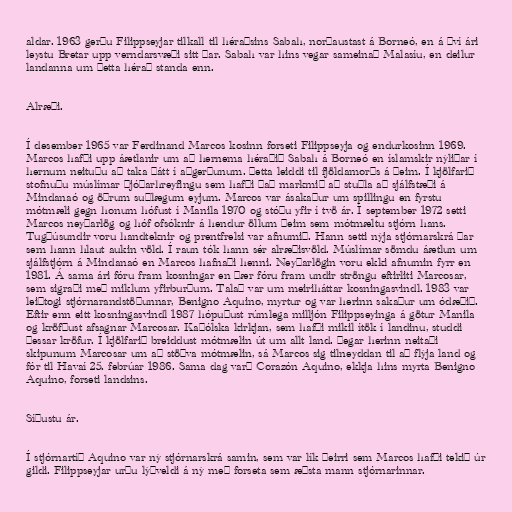
aldar. 1963 gerðu Filippseyjar tilkall til héraðsins Sabah, norðaustast á Borneó, en á því ári
leystu Bretar upp verndarsvæði sitt þar. Sabah var hins vegar sameinað Malasíu, en deilur
landanna um þetta hérað standa enn.

Alræði.

Í desember 1965 var Ferdinand Marcos kosinn forseti Filippseyja og endurkosinn 1969.
Marcos hafði upp áætlanir um að hernema héraðið Sabah á Borneó en íslamskir nýliðar í
hernum neituðu að taka þátt í aðgerðunum. Þetta leiddi til fjöldamorðs á þeim. Í kjölfarið
stofnuðu múslímar þjóðarhreyfingu sem hafði það markmið að stuðla að sjálfstæði á
Mindanaó og öðrum suðlægum eyjum. Marcos var ásakaður um spillingu en fyrstu
mótmæli gegn honum hófust í Manila 1970 og stóðu yfir í tvö ár. Í september 1972 setti
Marcos neyðarlög og hóf ofsóknir á hendur öllum þeim sem mótmæltu stjórn hans.
Tugþúsundir voru handteknir og prentfrelsi var afnumið. Hann setti nýja stjórnarskrá þar
sem hann hlaut aukin völd. Í raun tók hann sér alræðisvöld. Múslímar sömdu áætlun um
sjálfstjórn á Mindanaó en Marcos hafnaði henni. Neyðarlögin voru ekki afnumin fyrr en
1981. Á sama ári fóru fram kosningar en þær fóru fram undir ströngu eftirliti Marcosar,
sem sigraði með miklum yfirburðum. Talað var um meiriháttar kosningasvindl. 1983 var
leiðtogi stjórnarandstöðunnar, Benigno Aquino, myrtur og var herinn sakaður um ódæðið.
Eftir enn eitt kosningasvindl 1987 hópuðust rúmlega milljón Filippseyinga á götur Manila
og kröfðust afsagnar Marcosar. Kaþólska kirkjan, sem hafði mikil ítök í landinu, studdi
þessar kröfur. Í kjölfarið breiddust mótmælin út um allt land. Þegar herinn neitaði
skipunum Marcosar um að stöðva mótmælin, sá Marcos sig tilneyddan til að flýja land og
fór til Havaí 25. febrúar 1986. Sama dag varð Corazón Aquino, ekkja hins myrta Benigno
Aquino, forseti landsins.

Síðustu ár.

Í stjórnartíð Aquino var ný stjórnarskrá samin, sem var lík þeirri sem Marcos hafði tekið úr
gildi. Filippseyjar urðu lýðveldi á ný með forseta sem æðsta mann stjórnarinnar.